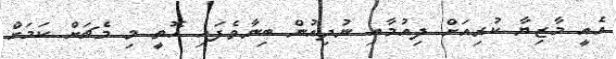
އެއީ މާޒިޔާ ކުރިއަށް ދިއުމާއި ނުދިއުން ބިނާވެފައި އޮތީ މި މެޗަށް ކަމަށް